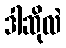
ဒါဆိုလဲ